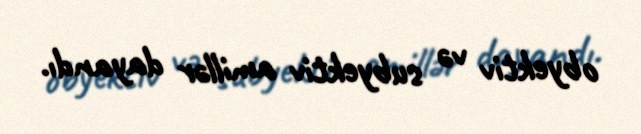
obyektiv və subyektiv amillər dayandı.